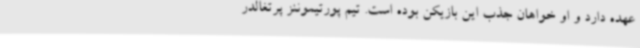
عهده دارد و او خواهان جذب این بازیکن بوده است. تیم پورتیموننز پرتغالدر